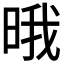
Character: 𣇕